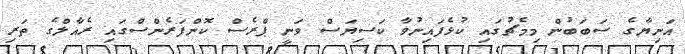
އަނިޔާގެ ސަބަބުން މިމެޗުގައި ކުޅެފައިނުވާ ކަސިޔަސް ވަނީ ޕްރެސް ކޮންފަރެންސްގައި ރެއާލްގެ ތަރި